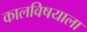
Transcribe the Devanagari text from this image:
कालविषयाला